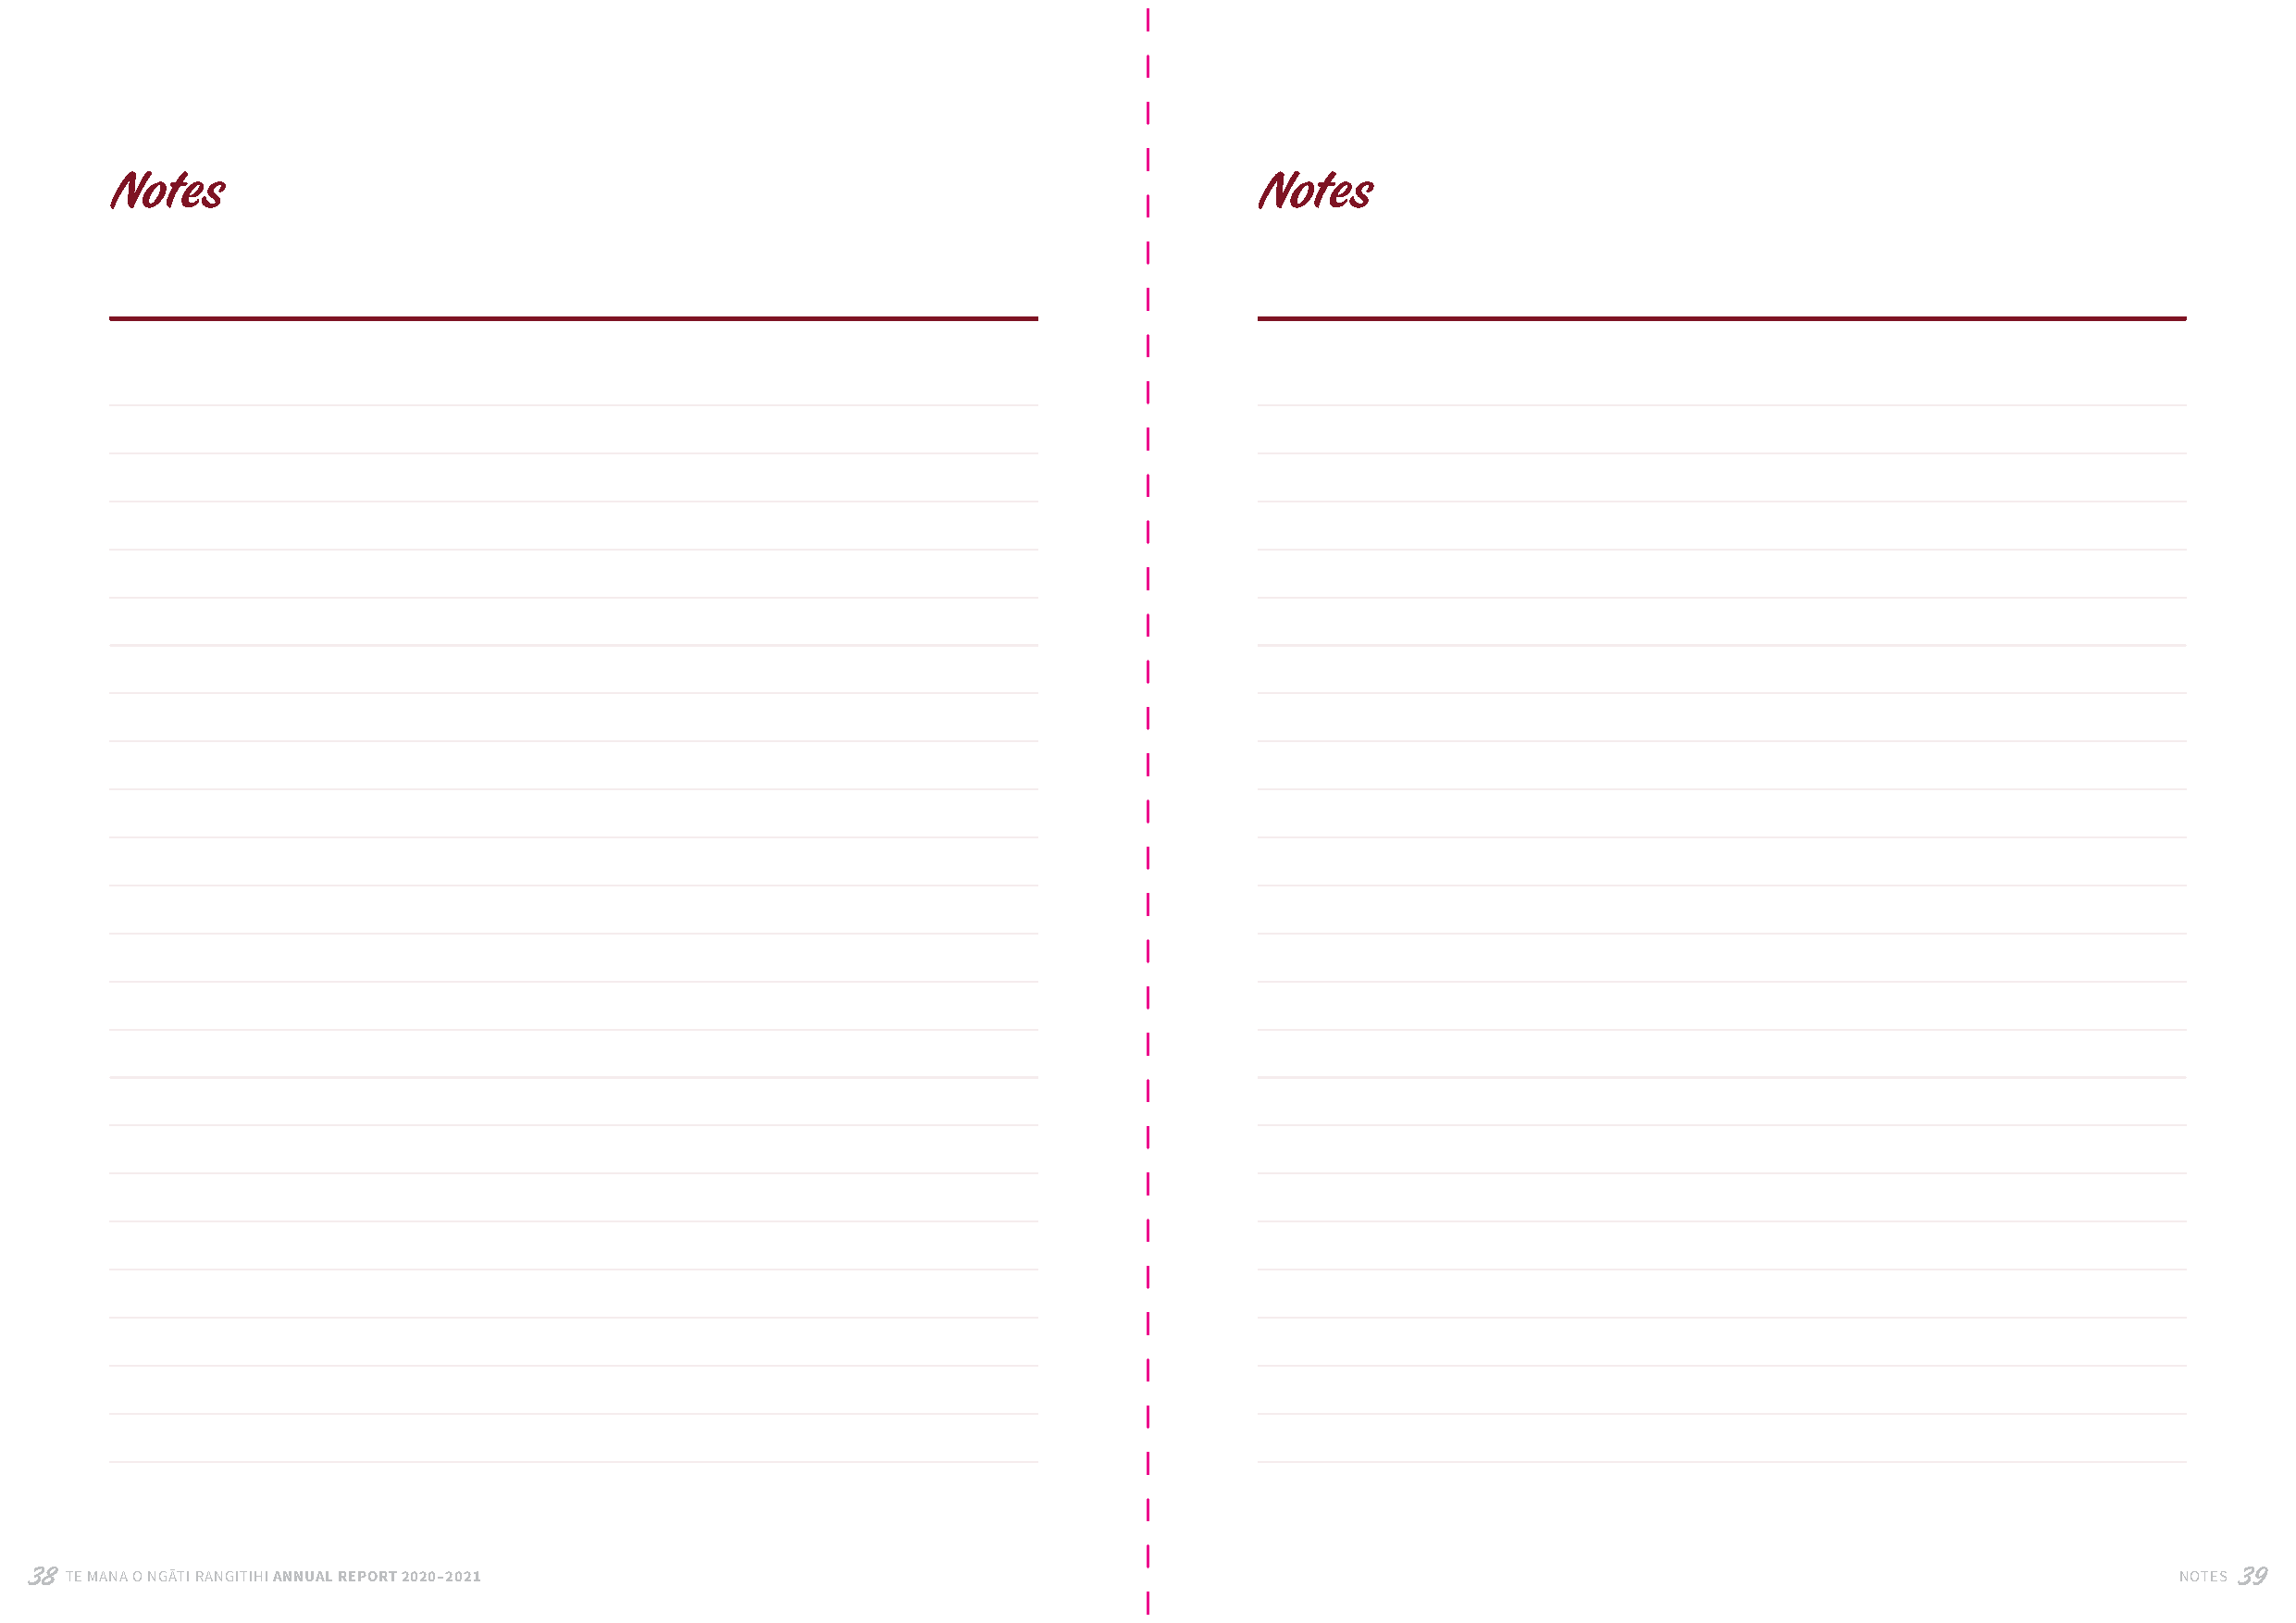
Notes                                                                             Notes
 The treasured possessions of men are intangible; the treasures of the land are tangible
 38 TE MANA O NGĀTI RANGITIHI ANNUAL REPORT 2020–2021                                                                                                      NOTES 39